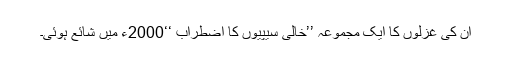
ان کی غزلوں کا ایک مجموعہ ’’خالی سیپیوں کا اضطراب ‘‘2000ء میں شائع ہوئی۔